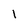
Character: 1